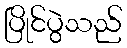
ပြိုင်ပွဲသည်